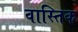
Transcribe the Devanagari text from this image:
वास्तिक